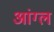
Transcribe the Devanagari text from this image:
आंग्‍ल